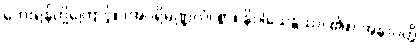
ဘေးရန်တို့ကြောင့်။ (အပရိမဏ္ဍလံ၊ စွာ။ နိဝါသေန္တဿ၊ ၏။) အနာပတ္တိ